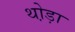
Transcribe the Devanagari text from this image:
थो़ड़ा